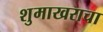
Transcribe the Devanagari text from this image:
शुमाखराचा